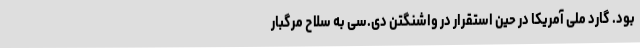
بود. گارد ملی آمریکا در حین استقرار در واشنگتن دی.سی به سلاح مرگبار